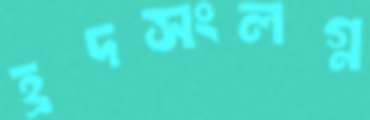
হ্রদসংলগ্ন